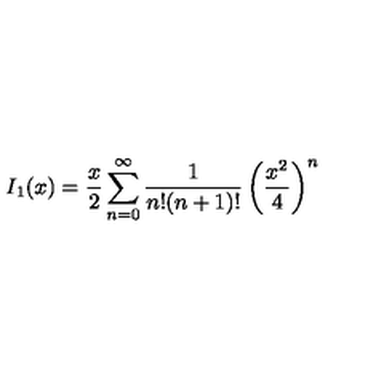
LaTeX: I _ { 1 } ( x ) = \frac { x } { 2 } \sum _ { n = 0 } ^ { \infty } \frac { 1 } { n ! ( n + 1 ) ! } \left( \frac { x ^ { 2 } } { 4 } \right) ^ { n }